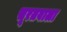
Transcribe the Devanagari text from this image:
सूरतवाला